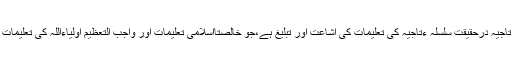
امہ تاجیہ درحقیقت سلسلہ ءتاجیہ کی تعلیمات کی اشاعت اور تبلیغ ہے،جو خالصتاًاسلامی تعلیمات اور واجب التعظیم اولیاءاللہ کی تعلیمات ہیں۔